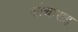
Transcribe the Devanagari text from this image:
शौचासह